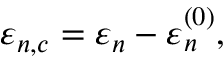
\varepsilon _ { n , c } = \varepsilon _ { n } - \varepsilon _ { n } ^ { ( 0 ) } ,